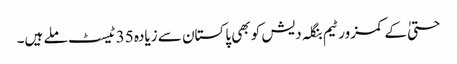
حتیٰ کے کمزور ٹیم بنگلہ دیش کو بھی پاکستان سے زیادہ 35 ٹیسٹ ملے ہیں۔